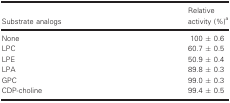
| Substrate analogs | Relative activity (%)a |
 | --- | --- |
 | None | 100 ± 0.6 |
 | LPC | 60.7 ± 0.5 |
 | LPE | 50.9 ± 0.4 |
 | LPA | 89.8 ± 0.3 |
 | GPC | 99.0 ± 0.3 |
 | CDP‐choline | 99.4 ± 0.5 |